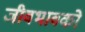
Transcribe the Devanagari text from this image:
जीवभावको